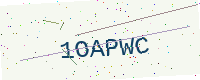
Text: 1OAPWC